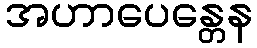
အဟာပေန္တေန